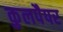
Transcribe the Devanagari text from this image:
कुलपैपर